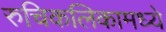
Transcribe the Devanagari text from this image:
रुचिकलिकामध्ये